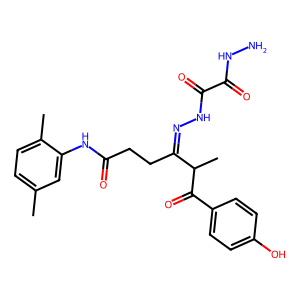
SMILES: Cc1ccc(C)c(NC(=O)CCC(=NNC(=O)C(=O)NN)C(C)C(=O)c2ccc(O)cc2)c1
Inhibits HIV replication: No